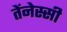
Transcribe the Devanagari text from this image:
तेंनेस्सी